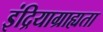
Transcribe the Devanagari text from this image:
इंद्रियाग्राह्यता